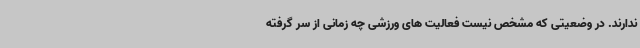
ندارند. در وضعیتی که مشخص نیست فعالیت های ورزشی چه زمانی از سر گرفته